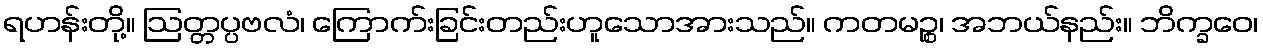
ရဟန်းတို့။ ဩတ္တပ္ပဗလံ၊ ကြောက်းခြင်းတည်းဟူသောအားသည်။ ကတမဉ္စ၊ အဘယ်နည်း။ ဘိက္ခဝေ၊